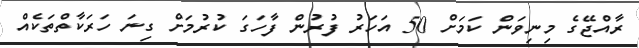
ރާއްޖޭގެ މިނިވަން ކަމަށް 50 އަހަރު ފުރުން ފާހަގަ ކުރުމަށް ގިނަ ހަރަކާތްތަކެއް